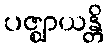
ပဇ္ဈာယန္တိ